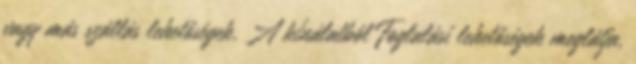
vagy más szállás lehetőségek. A kínálatból Foglalási lehetőségek meglátja,